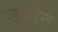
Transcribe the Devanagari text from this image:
डामेन